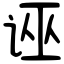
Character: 诬